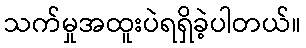
သက်မှုအထူးပဲရရှိခဲ့ပါတယ်။